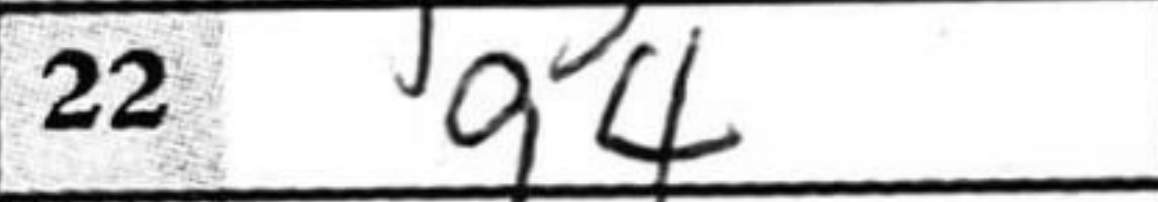
Transcription: g4